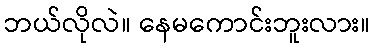
ဘယ်လိုလဲ။ နေမကောင်းဘူးလား။